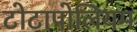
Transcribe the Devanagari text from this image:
टोटापोलियम